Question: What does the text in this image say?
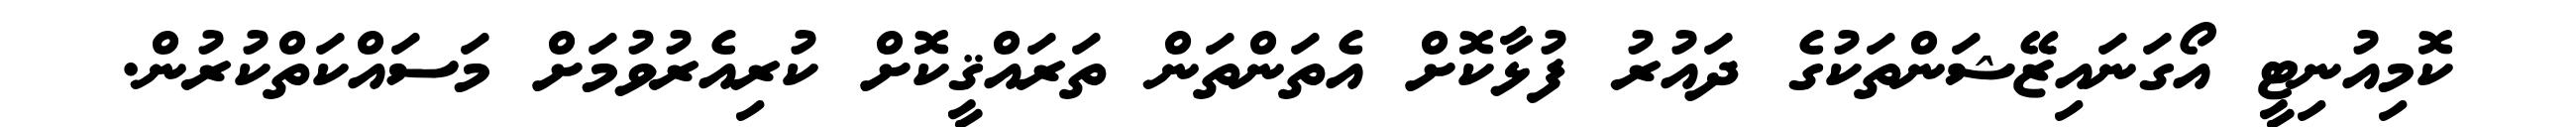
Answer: ކޮމިއުނިޓީ އޯގަނައިޒޭޝަންތަކުގެ ދައުރު ފުޅާކޮށް އެތަންތަން ތަރައްޤީކޮށް ކުރިއެރުވުމަށް މަސައްކަތްކުރުން.